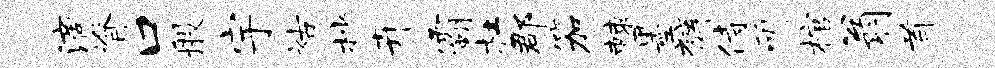
滴脊口般宇祜杪卉霸杜郡笳棘墨裤侍斫棺翁首